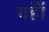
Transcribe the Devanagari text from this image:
यहाँँ